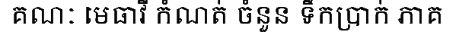
គណៈ មេធាវី កំណត់ ចំនួន ទឹកប្រាក់ ភាគ